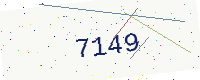
Text: 7149